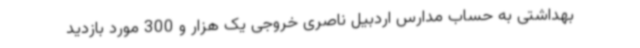
بهداشتی به حساب مدارس اردبیل ناصری خروجی یک هزار و 300 مورد بازدید